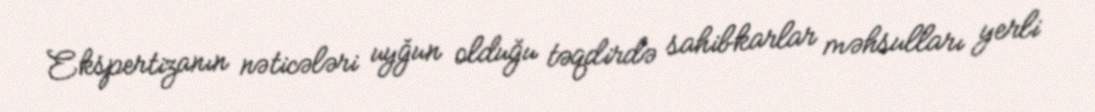
Ekspertizanın nəticələri uyğun olduğu təqdirdə sahibkarlar məhsulları yerli